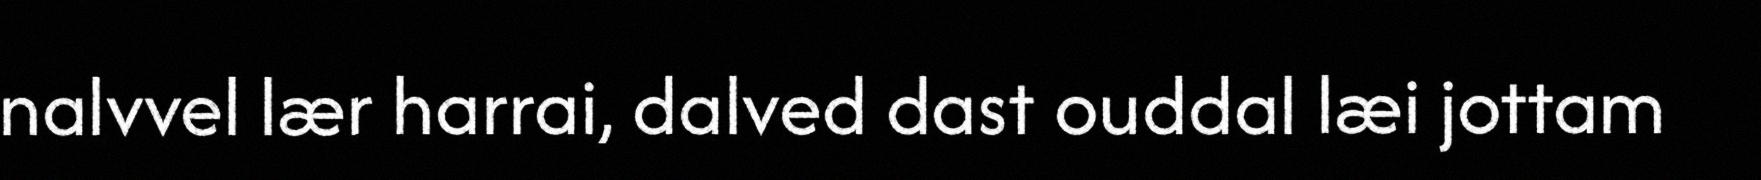
nalvvel lær harrai, dalved dast ouddal læi jottam